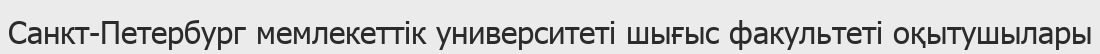
Санкт-Петербург мемлекеттік университеті шығыс факультеті оқытушылары